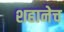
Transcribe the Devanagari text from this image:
शहानेच